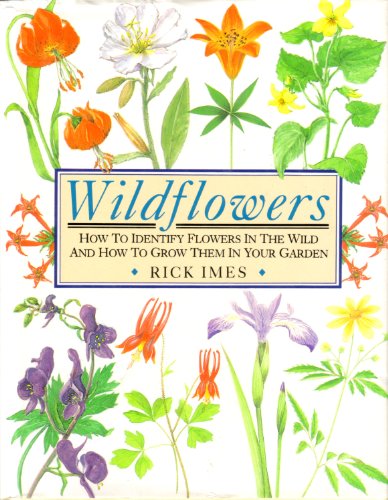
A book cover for Wildflowers: How to Identify Flowers in the Wild and How to Grow Them in Your Garden; Rick Imes; Crafts, Hobbies & Home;